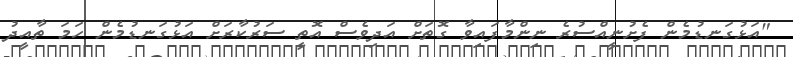
"އަޅުގަނޑުމެން ފެށުނީއްސުރެ ނިންމާފައިވާ ގޮތަށް އަދިވެސް އޮތީ ސަރުކާރަށް އަޅުގަނޑުމެން ހަމަ ތާއީދު